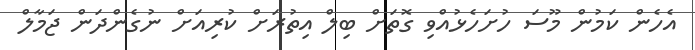
އެހެން ކަމުން މޫސަ ހުށަހެޅުއްވި ގޮތަށް ބިލް އިތުރަށް ކުރިއަށް ނުގެންދަން ޖަމާލް